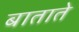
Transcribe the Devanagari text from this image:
बाताते